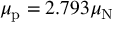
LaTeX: \mu _ { \mathrm { p } } = 2 { . } 7 9 3 \mu _ { \mathrm { N } }